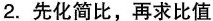
2.先化简比，再求比值